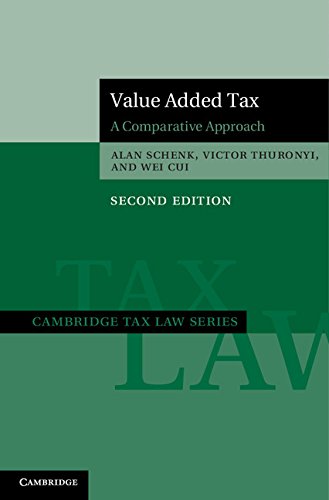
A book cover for Value Added Tax: A Comparative Approach (Cambridge Tax Law Series); Alan Schenk; Law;